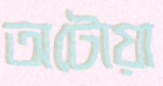
অটোয়া